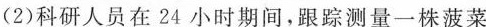
(2)科研人员在24小时期间,跟踪测量一株菠菜